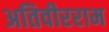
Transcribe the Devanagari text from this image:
अतिवीरराम